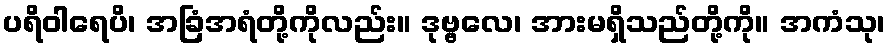
ပရိဝါရေပိ၊ အခြံအရံတို့ကိုလည်း။ ဒုဗ္ဗလေ၊ အားမရှိသည်တို့ကို။ အကံသု၊